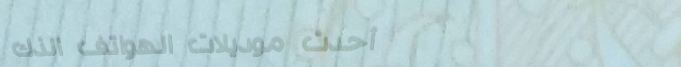
أحدث موديلات الهواتف الذك